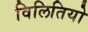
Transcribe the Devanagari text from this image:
विलितियो